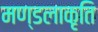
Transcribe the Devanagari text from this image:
मण्डलाकृति